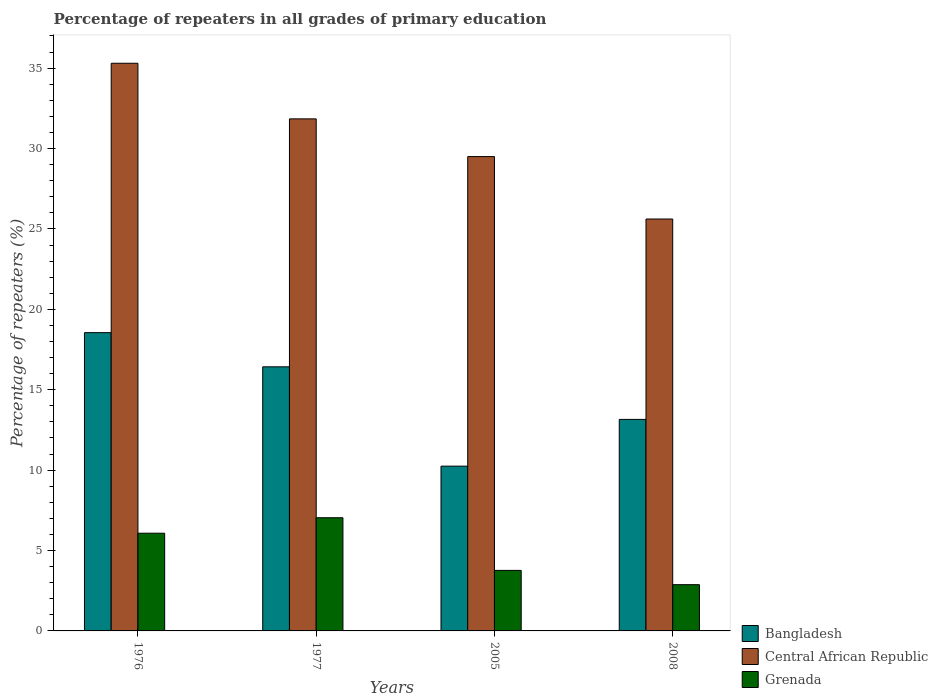
| Years | Bangladesh | Central African Republic | Grenada |
 | --- | --- | --- | --- |
 | 1976 | 18.5 | 35.3 | 6.08 |
 | 1977 | 16.4 | 31.8 | 7.04 |
 | 2005 | 10.2 | 29.5 | 3.76 |
 | 2008 | 13.2 | 25.6 | 2.88 |